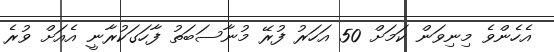
އެހެންވެ މިނިވަން ކަމަށް 50 އަހަރު ފުރޭ މުނާސަބަތު ފާހަގަކުރާނީ އެއަށް ވުރެ